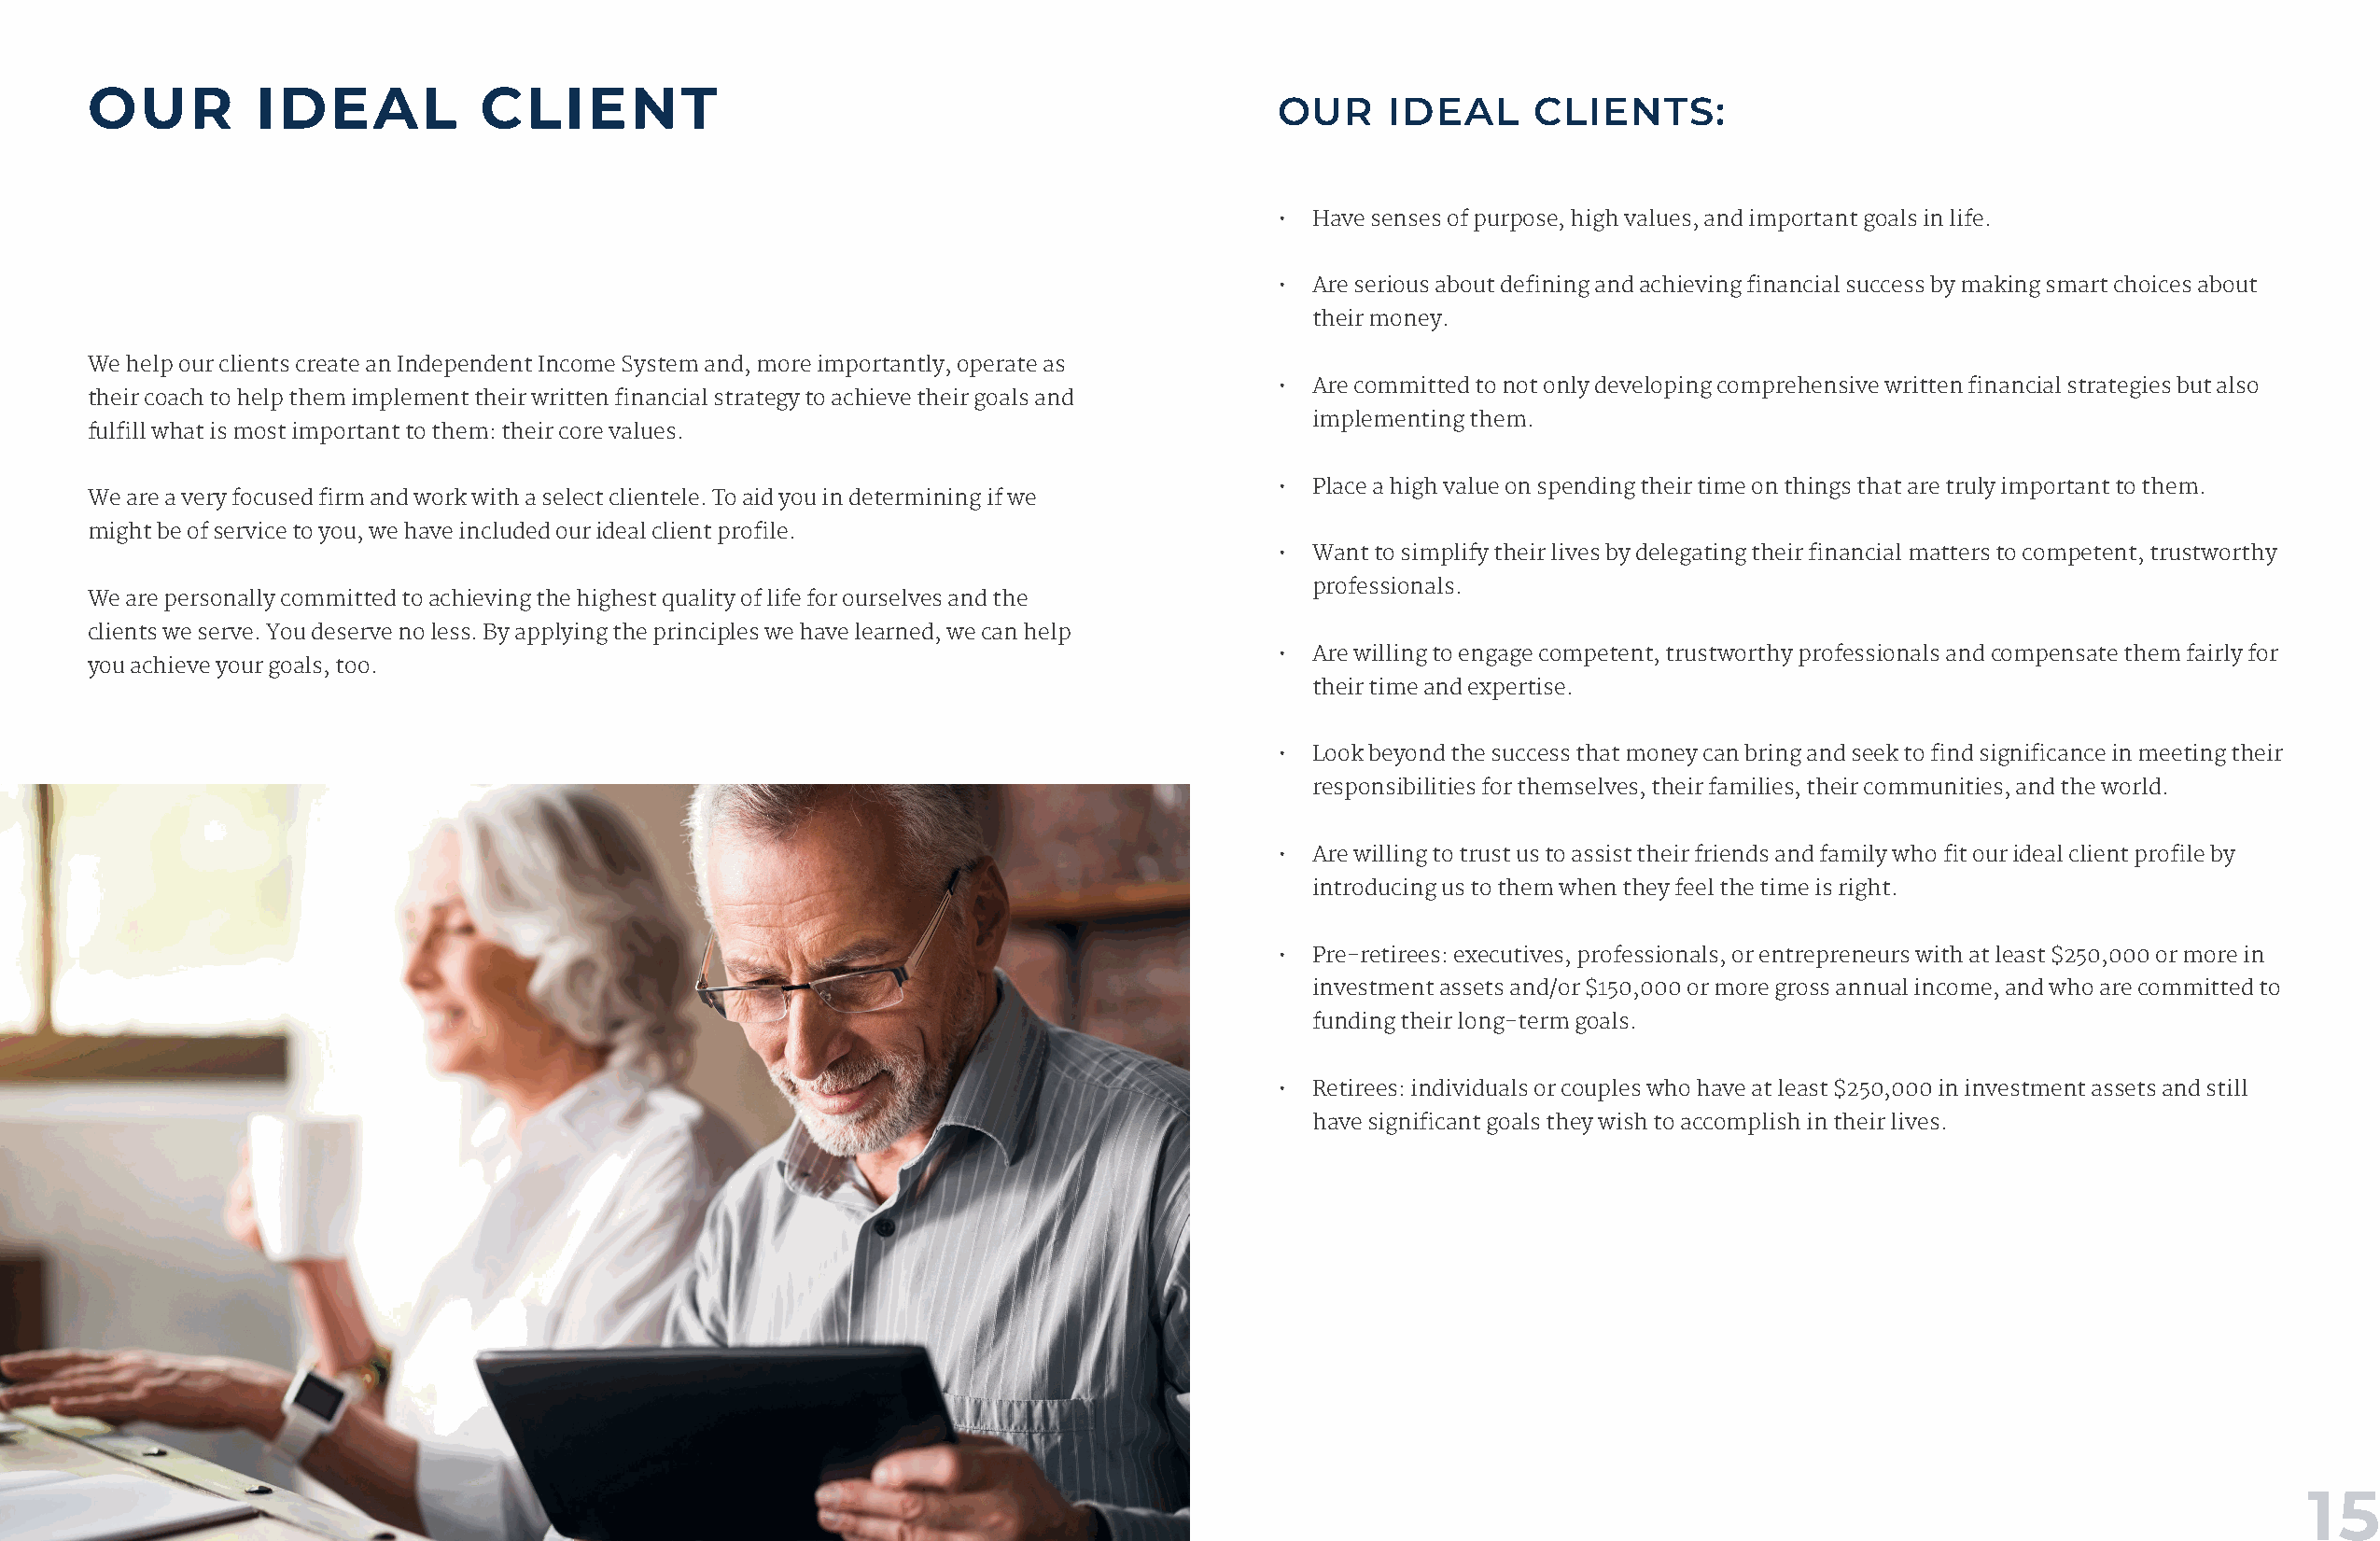
OUR         IDEAL           CLIENT
 OUR    IDEAL      CLIENTS:
 • Have senses of purpose, high values, and important goals in life.
 • Are serious about defining and achieving financial success by making smart choices about
 their money.
 We help our clients create an Independent Income System and, more importantly, operate as
 • Are committed to not only developing comprehensive written financial strategies but also
 their coach to help them implement their written financial strategy to achieve their goals and
 implementing them.
 fulfill what is most important to them: their core values.
 • Place a high value on spending their time on things that are truly important to them.
 We are a very focused firm and work with a select clientele. To aid you in determining if we
 might be of service to you, we have included our ideal client profile.
 • Want to simplify their lives by delegating their financial matters to competent, trustworthy
 professionals.
 We are personally committed to achieving the highest quality of life for ourselves and the
 clients we serve. You deserve no less. By applying the principles we have learned, we can help
 • Are willing to engage competent, trustworthy professionals and compensate them fairly for
 you achieve your goals, too.
 their time and expertise.
 • Look beyond the success that money can bring and seek to find significance in meeting their
 responsibilities for themselves, their families, their communities, and the world.
 • Are willing to trust us to assist their friends and family who fit our ideal client profile by
 introducing us to them when they feel the time is right.
 • Pre-retirees: executives, professionals, or entrepreneurs with at least $250,000 or more in
 investment assets and/or $150,000 or more gross annual income, and who are committed to
 funding their long-term goals.
 • Retirees: individuals or couples who have at least $250,000 in investment assets and still
 have significant goals they wish to accomplish in their lives.
 14                                                                                                                                                                  15